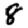
Digit: 8